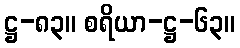
ဋ္ဌ-၈၃။ စရိယာ-ဋ္ဌ-၆၃။